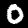
Digit: 0